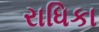
રાધિકા